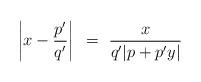
LaTeX: \begin{align*}\left\vert x - \frac{p'}{q'}\right\vert ~=~ \frac{x}{q' |p + p' y|}\end{align*}